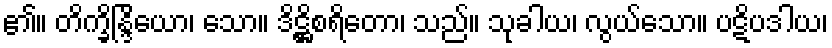
၏။ တိက္ခ္ခိန္ဒြိယော၊ သော။ ဒိဋ္ဌိစရိတော၊ သည်။ သုခါယ၊ လွယ်သော။ ပဋိပဒါယ၊